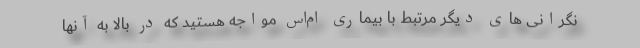
نگرانی های دیگر مرتبط با بیماری ام‌اس مواجه هستید که در بالا به آنها